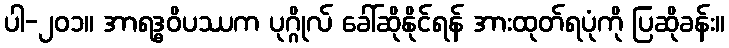
ပါ-၂၀၁။ အာရဒ္ဓဝိပဿက ပုဂ္ဂိုလ် ခေါ်ဆိုနိုင်ရန် အားထုတ်ရပုံကို ပြဆိုခန်း။